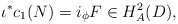
\begin{align*}\iota^{*}c_{1}(N) = i_{\phi}F \in H^{2}_{A}(D),\end{align*}